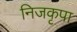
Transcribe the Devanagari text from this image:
निजकृपा